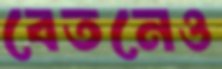
বেতনেও